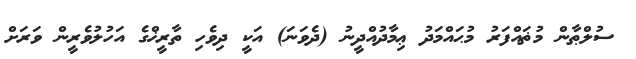
ސުލްޠާން މުޡައްފަރު މުޙައްމަދު ޢިމާދުއްދީނު (ދެވަނަ) އަކީ ދިވެހި ތާރީޚްގެ އަހުލުވެރީން ވަރަށް